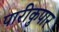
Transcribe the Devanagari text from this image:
पारीकुपार